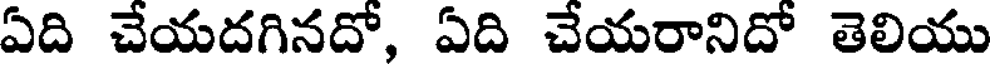
ఏది చేయదగినదో, ఏది చేయరానిదో తెలియు